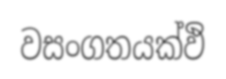
වසංගතයක්ඵි